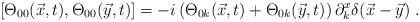
LaTeX: \begin{align*}[\Theta_{00}(\vec{x},t),\Theta_{00}(\vec{y},t)]=-i\left(\Theta_{0k}(\vec{x},t)+\Theta_{0k}(\vec{y},t)\right)\partial_k^x\delta(\vec{x}-\vec{y})~.\end{align*}